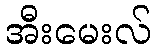
အီးမေးလ်